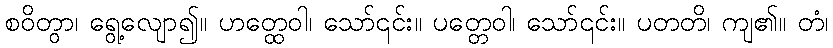
စဝိတွာ၊ ရွေ့လျော၍။ ဟတ္ထေဝါ၊ သော်၎င်း။ ပတ္တေဝါ၊ သော်၎င်း။ ပတတိ၊ ကျ၏။ တံ၊